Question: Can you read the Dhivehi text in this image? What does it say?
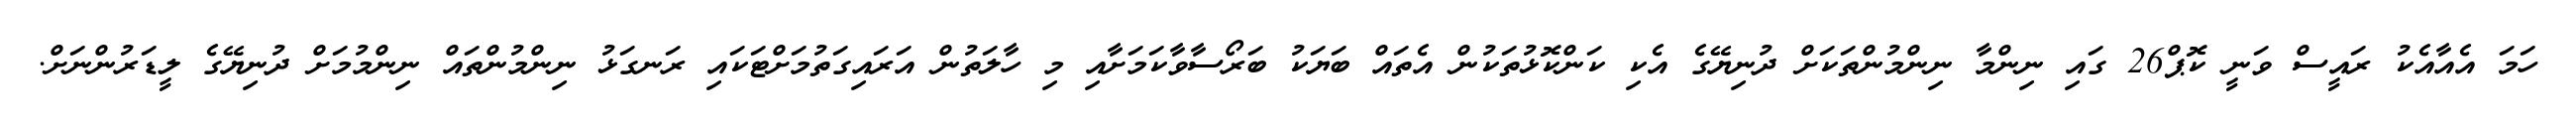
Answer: ހަމަ އެއާއެކު ރައީސް ވަނީ ކޮޕް26 ގައި ނިންމާ ނިންމުންތަކަށް ދުނިޔޭގެ އެކި ކަންކޮޅުތަކުން އެތައް ބަޔަކު ބަރޯސާވާކަމަށާއި މި ހާލަތުން އަރައިގަތުމަށްޓަކައި ރަނގަޅު ނިންމުންތައް ނިންމުމަށް ދުނިޔޭގެ ލީޑަރުންނަށް.